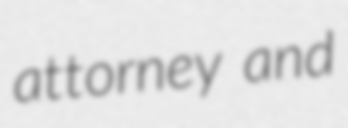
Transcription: attorney and